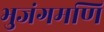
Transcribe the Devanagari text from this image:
भुजंगमणि